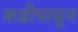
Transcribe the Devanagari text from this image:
कडीपासून